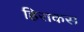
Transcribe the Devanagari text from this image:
हिराकस